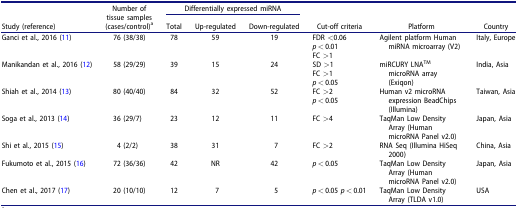
| <ROWSPAN=2> Study (reference) | <ROWSPAN=2> Number of tissue samples (cases/control)a | <COLSPAN=3> Differentially expressed miRNA | <ROWSPAN=2> Cut-off criteria | <ROWSPAN=2> Platform | <ROWSPAN=2> Country |
 | Total | Up-regulated | Down-regulated |
 | --- | --- | --- | --- | --- | --- | --- | --- |
 | Ganci et al., 2016 (11) | 76 (38/38) | 78 | 59 | 19 | FDR <0.06p < 0.01FC >1 | Agilent platform Human miRNA microarray (V2) | Italy, Europe |
 | Manikandan et al., 2016 (12) | 58 (29/29) | 39 | 15 | 24 | SD >1FC >1p < 0.05 | miRCURY LNATM microRNA array (Exiqon) | India, Asia |
 | Shiah et al., 2014 (13) | 80 (40/40) | 84 | 32 | 52 | FC >2p < 0.05 | Human v2 microRNA expression BeadChips (Illumina) | Taiwan, Asia |
 | Soga et al., 2013 (14) | 36 (29/7) | 23 | 12 | 11 | FC >4 | TaqMan Low Density Array (Human microRNA Panel v2.0) | Japan, Asia |
 | Shi et al., 2015 (15) | 4 (2/2) | 38 | 31 | 7 | FC >2 | RNA Seq (Illumina HiSeq 2000) | China, Asia |
 | Fukumoto et al., 2015 (16) | 72 (36/36) | 42 | NR | 42 | p < 0.05 | TaqMan Low Density Array (Human microRNA Panel v2.0) | Japan, Asia |
 | Chen et al., 2017 (17) | 20 (10/10) | 12 | 7 | 5 | p < 0.05 p < 0.01 | TaqMan Low Density Array (TLDA v1.0) | USA |